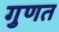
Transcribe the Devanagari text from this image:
गुणत